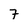
Character: 7